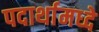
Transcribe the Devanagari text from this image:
पदार्थामध्दे